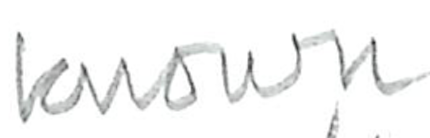
Text: known
Cross-out: clean
Writing tool: pencil